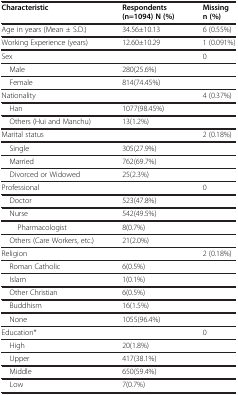
| Characteristic | Respondents (n=1094) N (%) | Missing n (%) |
 | --- | --- | --- |
 | Age in years (Mean ± S.D.) | 34.56±10.13 | 6 (0.55%) |
 | Working Experience (years) | 12.60±10.29 | 1 (0.091%) |
 | Sex |  | 0 |
 | Male | 280(25.6%) |  |
 | Female | 814(74.45%) |  |
 | Nationality |  | 4 (0.37%) |
 | Han | 1077(98.45%) |  |
 | Others (Hui and Manchu) | 13(1.2%) |  |
 | Marital status |  | 2 (0.18%) |
 | Single | 305(27.9%) |  |
 | Married | 762(69.7%) |  |
 | Divorced or Widowed | 25(2.3%) |  |
 | Professional |  | 0 |
 | Doctor | 523(47.8%) |  |
 | Nurse | 542(49.5%) |  |
 | Pharmacologist | 8(0.7%) |  |
 | Others (Care Workers, etc.) | 21(2.0%) |  |
 | Religion |  | 2 (0.18%) |
 | Roman Catholic | 6(0.5%) |  |
 | Islam | 1(0.1%) |  |
 | Other Christian | 6(0.5%) |  |
 | Buddhism | 16(1.5%) |  |
 | None | 1055(96.4%) |  |
 | Education* |  | 0 |
 | High | 20(1.8%) |  |
 | Upper | 417(38.1%) |  |
 | Middle | 650(59.4%) |  |
 | Low | 7(0.7%) |  |